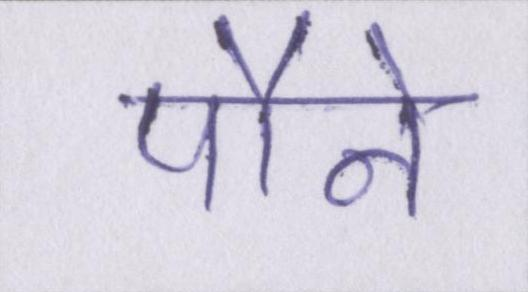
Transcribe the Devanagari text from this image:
पौने